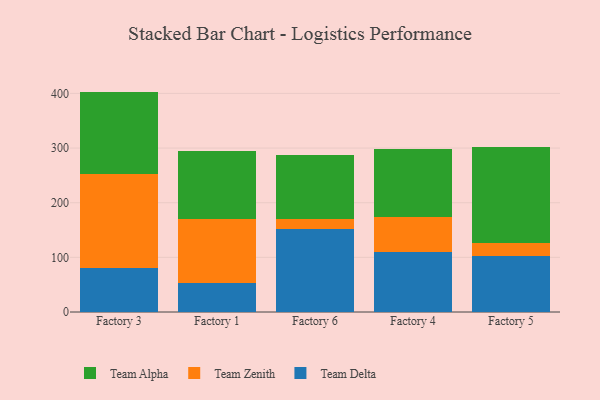
{"axis": {"x": "Factory", "y": "Energy Usage (MWh)"}, "legend": ["Team Alpha", "Team Delta", "Team Zenith"], "data": [{"x": "Factory 3", "y": 80.9, "type": "Team Delta"}, {"x": "Factory 3", "y": 171.8, "type": "Team Zenith"}, {"x": "Factory 3", "y": 150.6, "type": "Team Alpha"}, {"x": "Factory 1", "y": 52.3, "type": "Team Delta"}, {"x": "Factory 1", "y": 118.4, "type": "Team Zenith"}, {"x": "Factory 1", "y": 124.8, "type": "Team Alpha"}, {"x": "Factory 6", "y": 151.4, "type": "Team Delta"}, {"x": "Factory 6", "y": 17.9, "type": "Team Zenith"}, {"x": "Factory 6", "y": 117.9, "type": "Team Alpha"}, {"x": "Factory 4", "y": 110.1, "type": "Team Delta"}, {"x": "Factory 4", "y": 64.1, "type": "Team Zenith"}, {"x": "Factory 4", "y": 124.7, "type": "Team Alpha"}, {"x": "Factory 5", "y": 102.2, "type": "Team Delta"}, {"x": "Factory 5", "y": 24.3, "type": "Team Zenith"}, {"x": "Factory 5", "y": 175.6, "type": "Team Alpha"}]}